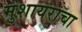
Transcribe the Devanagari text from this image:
मुशायराचा